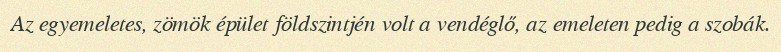
Az egyemeletes, zömök épület földszintjén volt a vendéglő, az emeleten pedig a szobák.